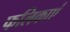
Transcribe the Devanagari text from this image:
फलिकाएं